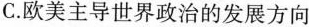
C.欧美主导世界政治的发展方向